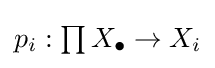
{\textstyle p_{i}:\prod X_{\bullet }\to X_{i}}